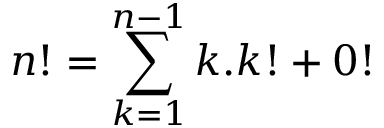
n ! = \sum _ { k = 1 } ^ { n - 1 } k . k ! + 0 !